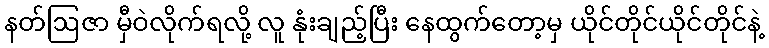
နတ်ဩဇာ မှီဝဲလိုက်ရလို့ လူ နုံးချည့်ပြီး နေထွက်တော့မှ ယိုင်တိုင်ယိုင်တိုင်နဲ့